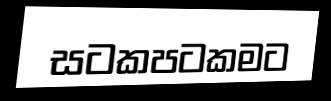
සටකපටකමට